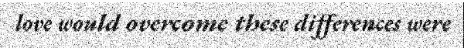
love would overcome these differences were